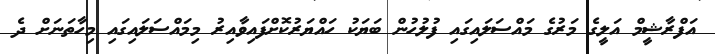
އަފްރާޝީމް އަލީގެ މަރުގެ މައްސަލައިގައި ފުލުހުން ބަޔަކު ހައްޔަރުކޮށްފައިވާއިރު މިމައްސަލައިގައި މިހާތަނަށް ދެ